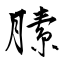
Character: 膆